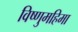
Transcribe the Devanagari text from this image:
विष्णुमहिमा